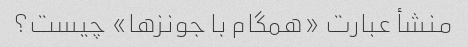
منشأ عبارت «همگام با جونزها» چیست؟